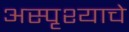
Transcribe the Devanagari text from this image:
अस्पृश्‍याचे